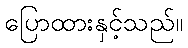
ပြောထားနှင့်သည်။